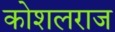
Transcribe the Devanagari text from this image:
कोशलराज